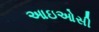
આઇઓસી